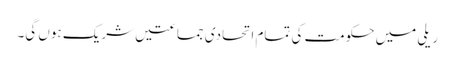
ریلی میں حکومت کی تمام اتحادی جماعتیں شریک ہوں گی۔